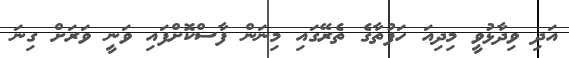
އަދި ވިދާޅުވީ މިދިއަ ހަފުތާގެ ތެރޭގައި މިނަން ފާސްކޮށްފައި ވަނީ ވަރަށް ގިނަ